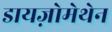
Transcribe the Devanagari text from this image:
डायज़ोमेथेन